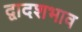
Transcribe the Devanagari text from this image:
द्वादशभाव